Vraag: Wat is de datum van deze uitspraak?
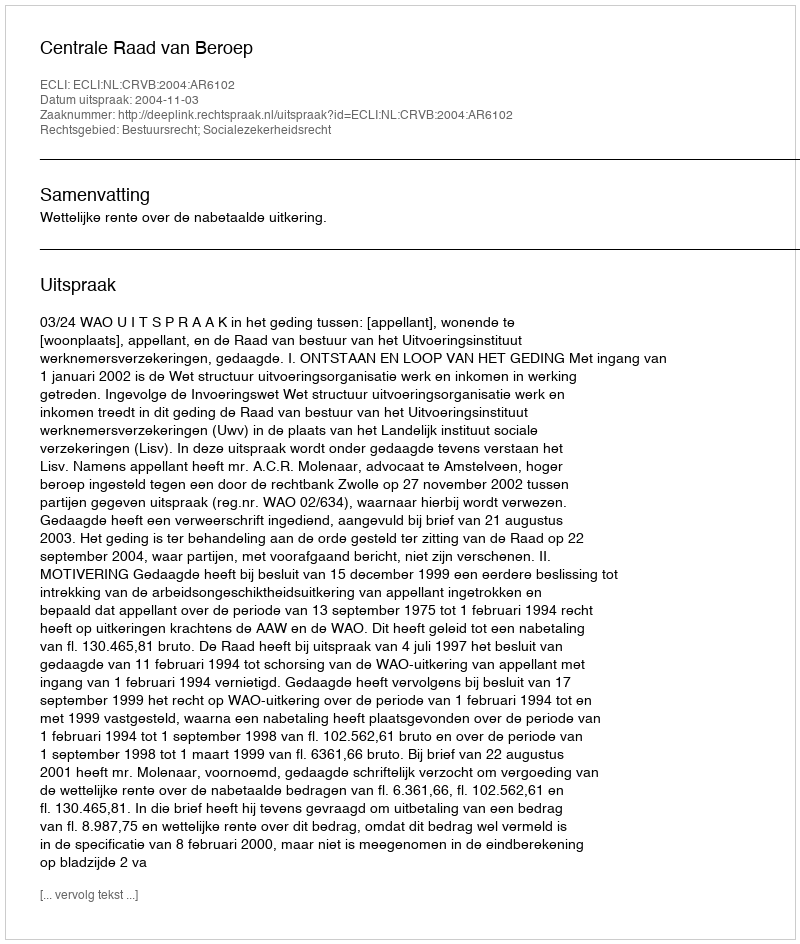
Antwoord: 2004-11-03